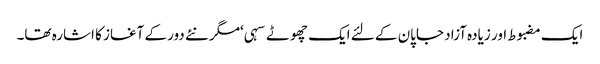
ایک مضبوط اور زیادہ آزاد جاپان کے لئے ایک چھوٹے سہی ‘مگر نئے دور کے آغاز کا اشارہ تھا۔